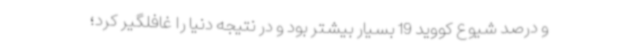
و درصد شیوع کووید 19 بسیار بیشتر بود و در نتیجه دنیا را غافلگیر کرد؛